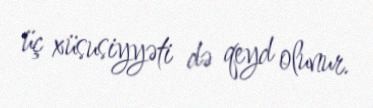
üç xüsusiyyəti də qeyd olunur.